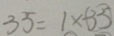
3 5 = 1 \times \textcircled { 3 5 }